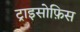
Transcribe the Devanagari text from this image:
ट्राइसोफ़िस